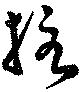
柱